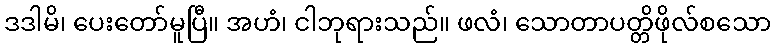
ဒဒါမိ၊ ပေးတော်မူပြီ။ အဟံ၊ ငါဘုရားသည်။ ဖလံ၊ သောတာပတ္တိဖိုလ်စသော